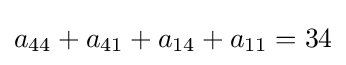
a_{44}+a_{41}+a_{14}+a_{11}=34